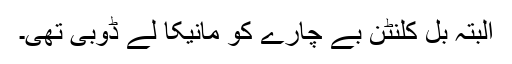
البتہ بل کلنٹن بے چارے کو مانیکا لے ڈوبی تھی۔